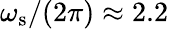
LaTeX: \omega_{\textrm{s}}/(2\pi)\approx 2.2